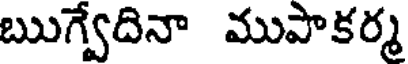
ఋగ్వేదినా ముపాకర్మ